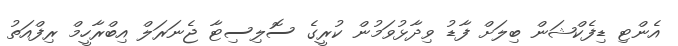
އެންޓި ޑިފެކްޝަން ބިލަށް ފާޑު ވިދާޅުވަމުން ކުރީގެ ސޮލިސިޓާ ޖެނަރަލް އިބްރާހީމް ރިފްއަތު